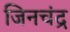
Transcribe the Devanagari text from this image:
जिनचंद्र